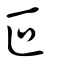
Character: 叵